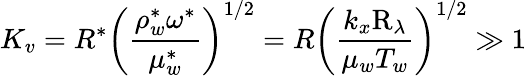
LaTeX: K_{v}=R^{\ast}\left(\frac{\rho_{w}^{\ast}\omega^{\ast}}{\mu_{w}^{\ast}}\right)^{1/2}=R\left(\frac{k_{x}\mathrm{R}_{\lambda}}{\mu_{w}T_{w}}\right)^{1/2}\gg 1